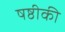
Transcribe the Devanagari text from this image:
षष्ठीकी